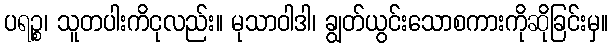
ပရဉ္စ၊ သူတပါးကိငုလည်း။ မုသာဝါဒါ၊ ချွတ်ယွင်းသောစကားကိုဆိုခြင်းမှ။